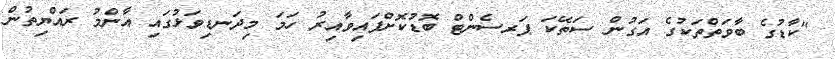
"ކާޑުގެ ބާވަތްތަކުގެ އަގުން ސަތޭކަ ޕަރސެންޓް ބޮޑުކޮށްފައިވާއިރު ހަމަ މިދަނޑިވަޅުގައި އާންމު ރައްޔިތުން